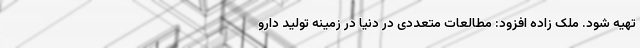
تهیه شود. ملک زاده افزود: مطالعات متعددی در دنیا در زمینه تولید دارو